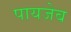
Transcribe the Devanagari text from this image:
पायजेब